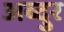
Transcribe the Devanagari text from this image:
अब्‍दुर